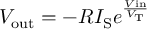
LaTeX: V _ { \mathrm { o u t } } = - R I _ { \mathrm { S } } e ^ { \frac { V { \mathrm { i n } } } { V _ { \mathrm { T } } } }